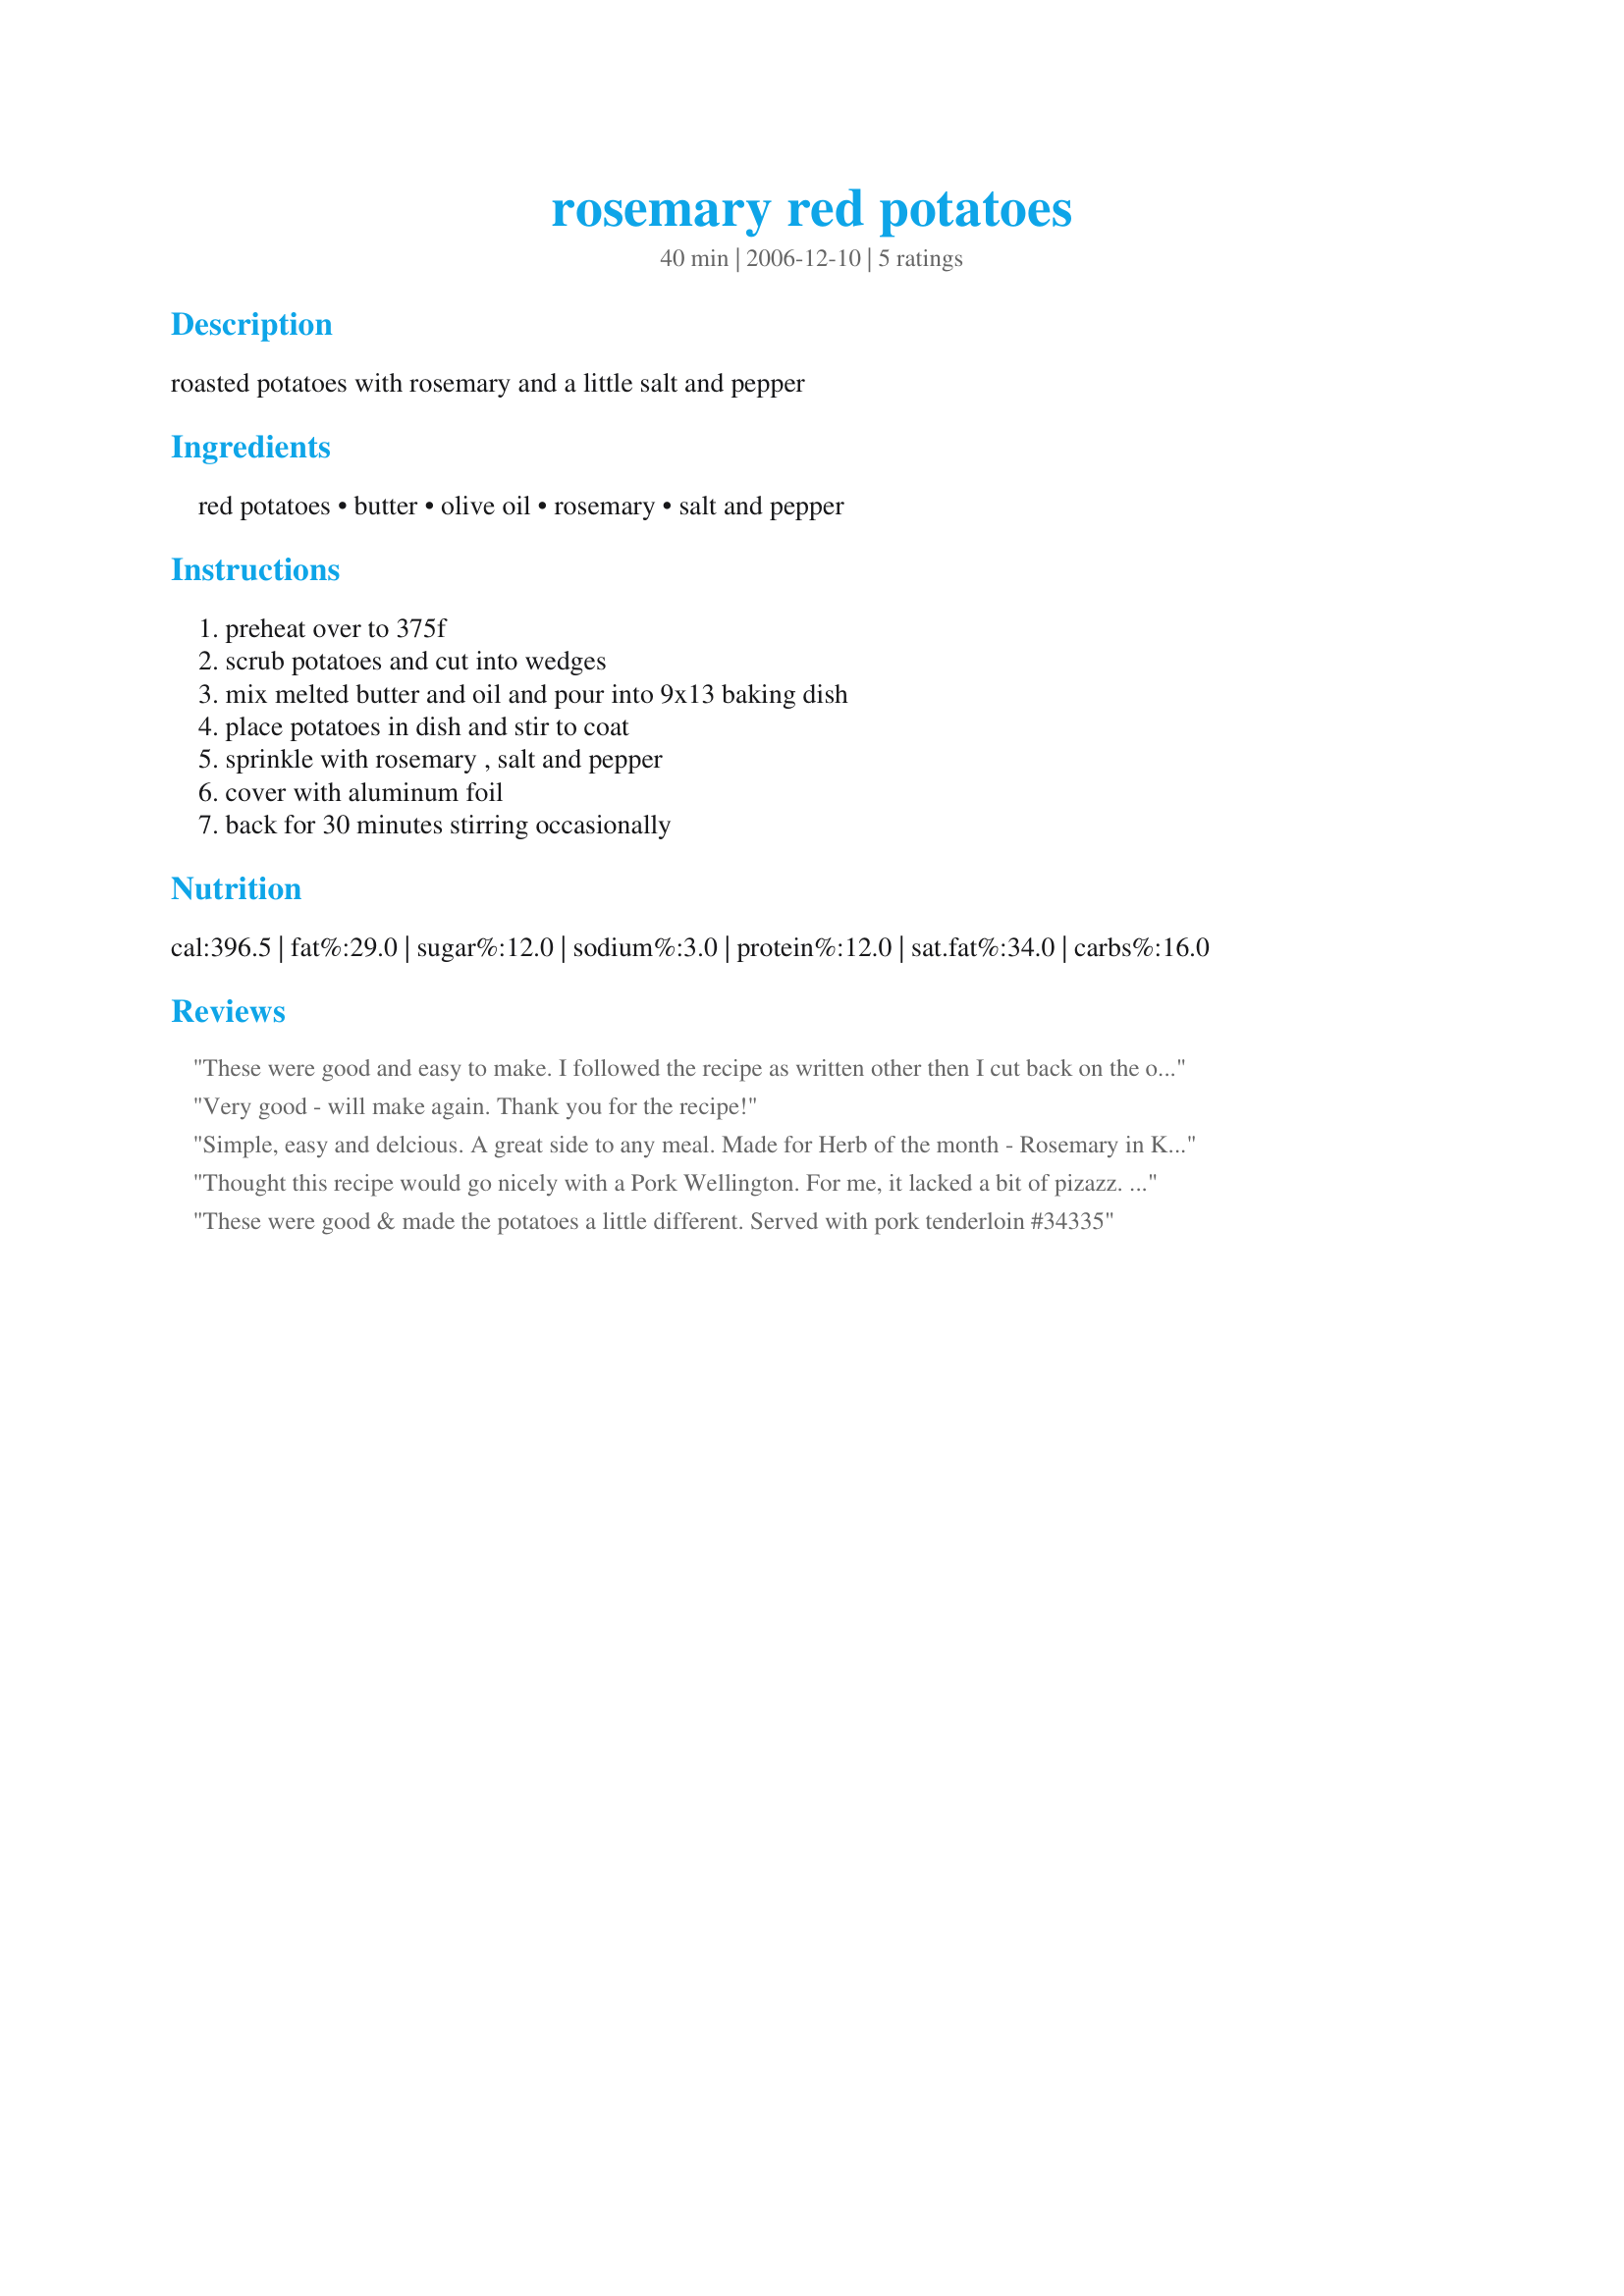
rosemary red potatoes
Preparation time: 40 minutes

roasted potatoes with rosemary and a little salt and pepper

Ingredients:
red potatoes, butter, olive oil, rosemary, salt and pepper

Steps:
preheat over to 375f, scrub potatoes and cut into wedges, mix melted butter and oil and pour into 9x13 baking dish, place potatoes in dish and stir to coat, sprinkle with rosemary , salt and pepper, cover with aluminum foil, back for 30 minutes stirring occasionally

Reviews:
These were good and easy to make. I followed the recipe as written other then I cut back on the olive oil a bit. Made for Spring PAC 2009.
Very good - will make again. Thank you for the recipe!
Simple, easy and delcious. A great side to any meal. <br/>Made for Herb of the month - Rosemary in KK's forum.
Thought this recipe would go nicely with a Pork Wellington. For me, it lacked a bit of pizazz. I also feel that there was a bit too much butter & oil. I think that fresh rosemary and some parmesan would kick this up a bit. All in all, this was an easy recipe and we may do again with some added extras.
These were good & made the potatoes a little different. Served with pork tenderloin #34335
